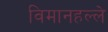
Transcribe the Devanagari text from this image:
विमानहल्ले